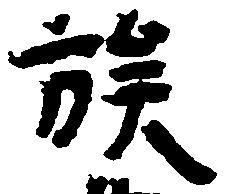
族